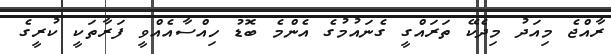
ރާއްޖެ މިއަދު މިދެކޭ ތަރައްގީ ގެނައުމުގެ އެންމެ ބޮޑު ހިއްސާއެއްވީ ފަރާތަކީ ކުރީގެ